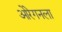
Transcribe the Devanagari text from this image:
ओरेगनला